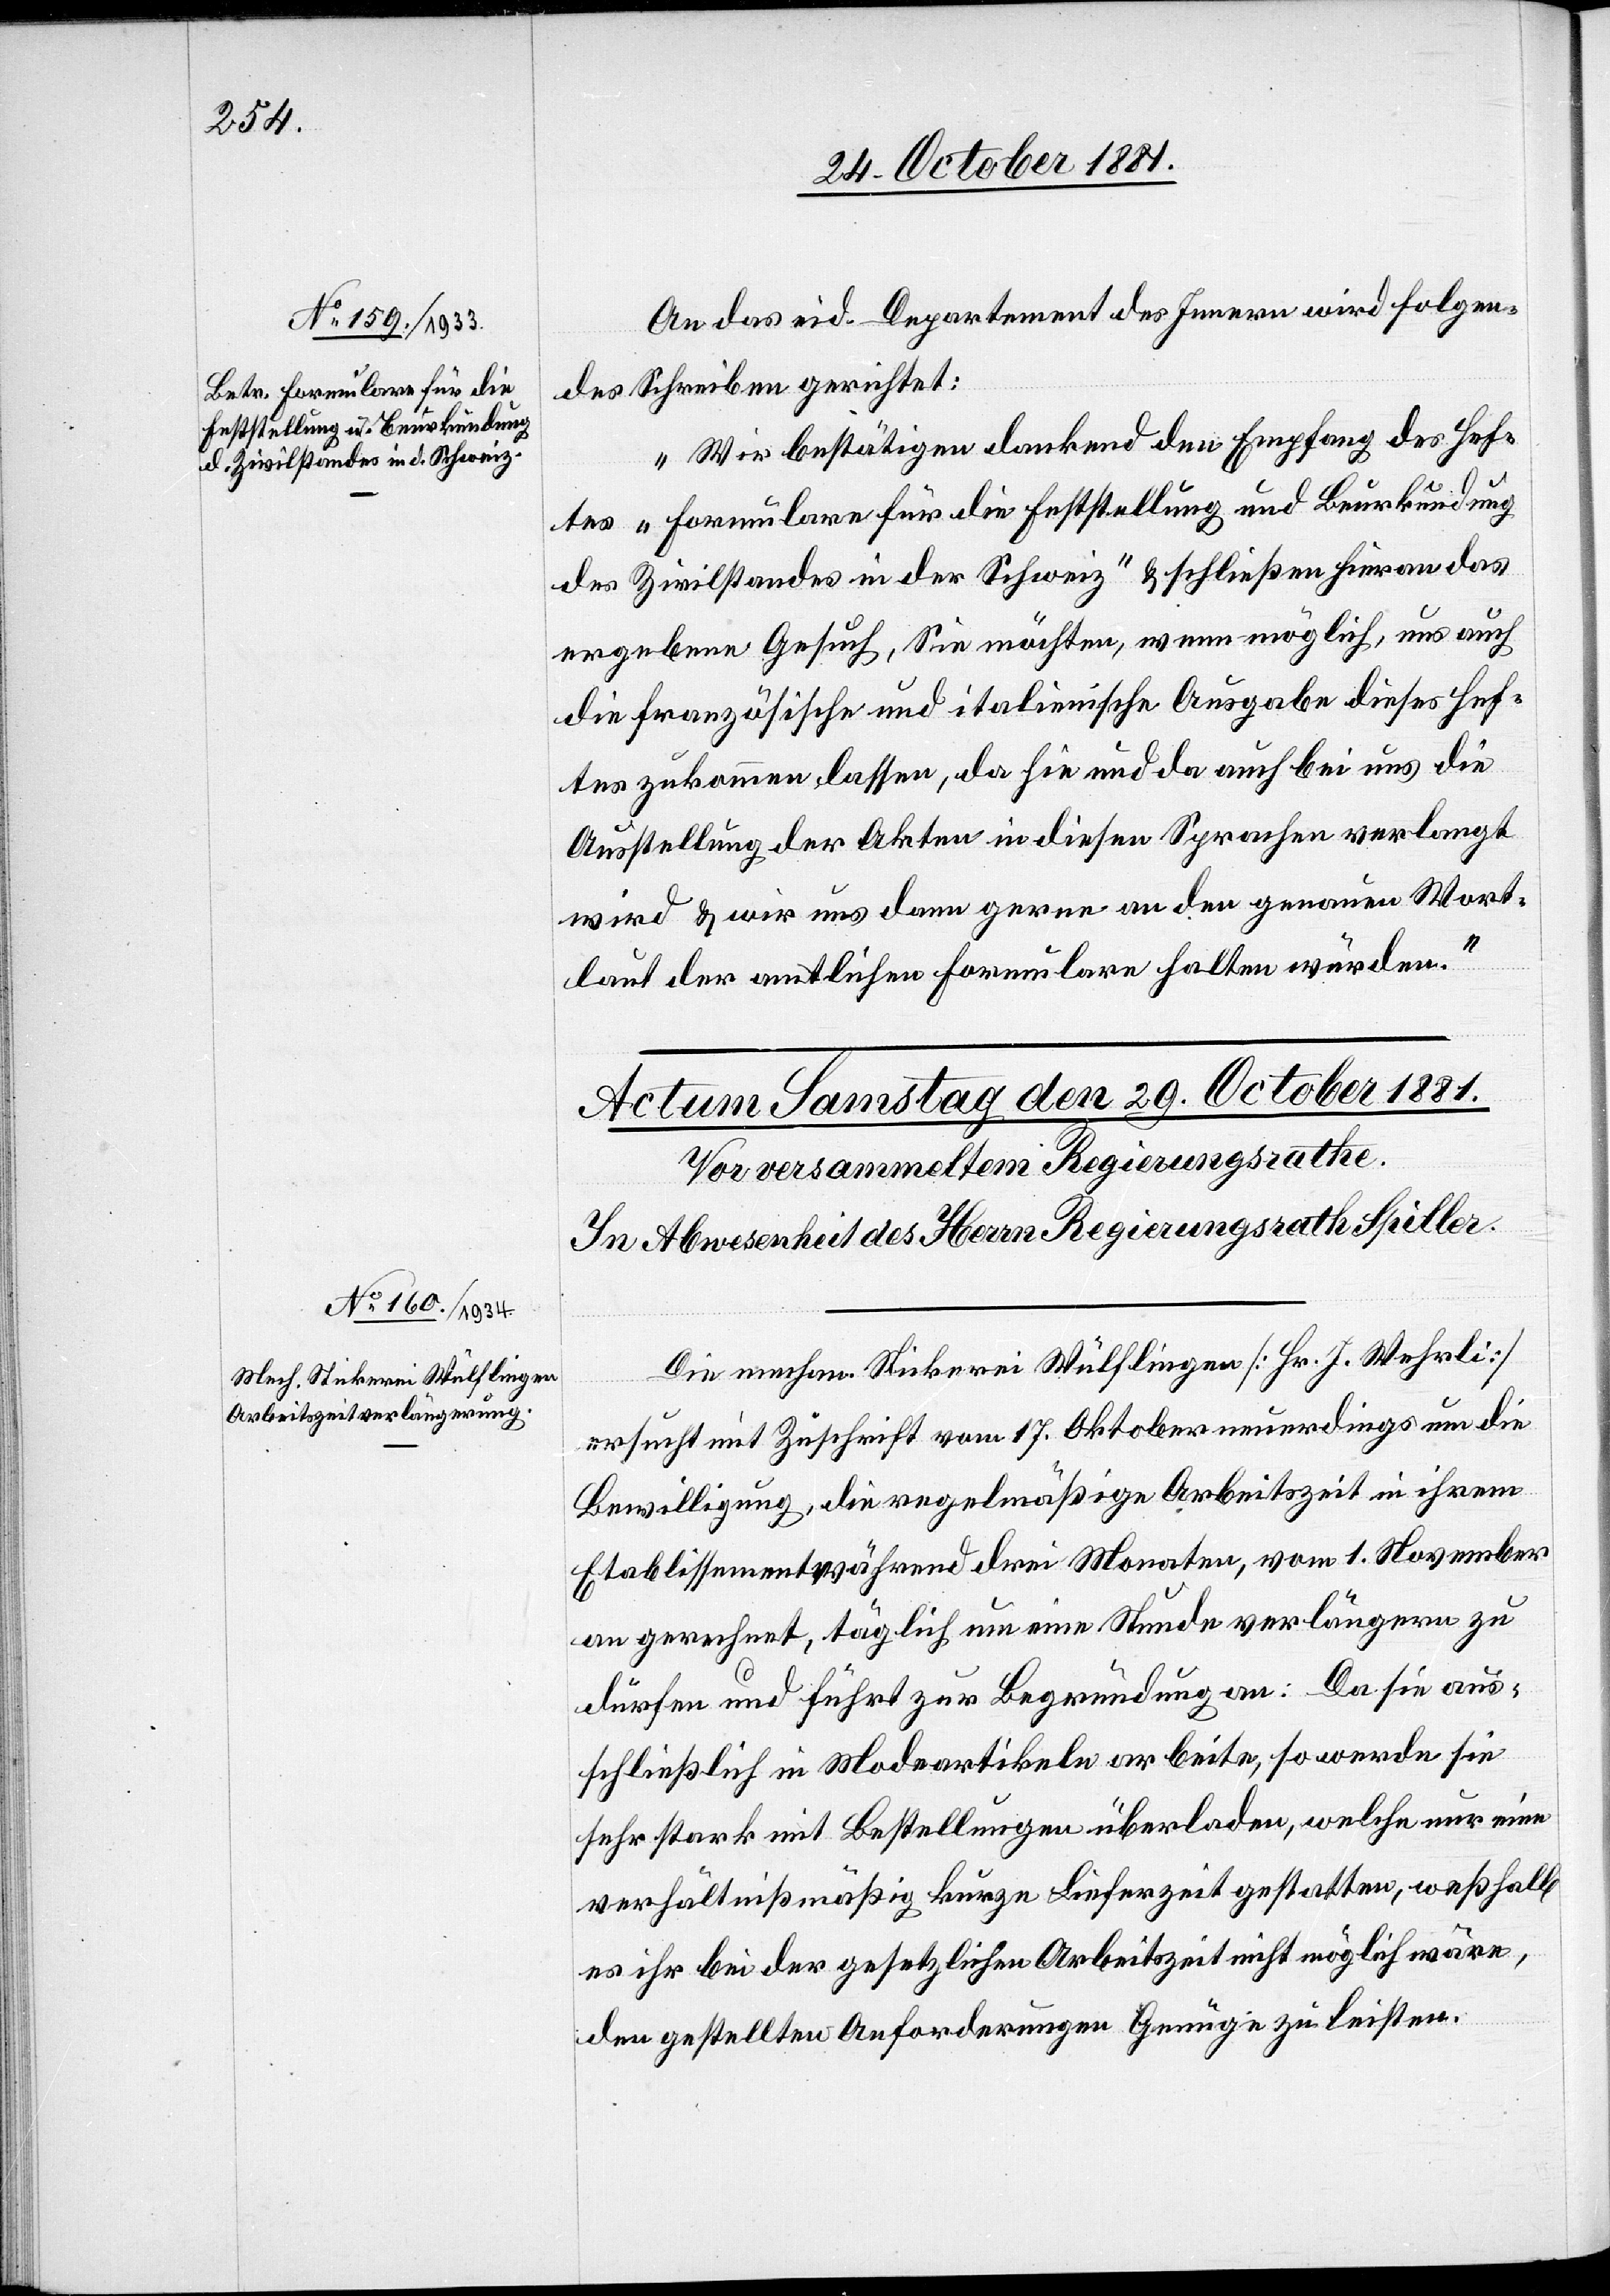
An das eid. Departement des Innern wird folgen¬
des Schreiben gerichtet:
„Wir bestätigen dankend den Empfang des Hef¬
tes „Formulare für die Feststellung und Beurkundung
des Zivilstandes in der Schweiz“ & schließen hieran das
ergebene Gesuch, Sie möchten, wenn möglich, uns auch
die französische und italienische Ausgabe dieses Hef¬
tes zukommen lassen, da hie und da auch bei uns die
Ausstellung der Akten in diesen Sprachen verlangt
wird & wir uns dann gerne an den genauen Wort¬
laut der amtlichen Formulare halten würden.“
Die mechan. Stickerei Wülflingen [Hr. J. Wehrli]
ersucht mit Zuschrift vom 17. Oktober neuerdings um die
Bewilligung, die regelmäßige Arbeitszeit in ihrem
Etablissement während drei Monaten, vom 1. November
an gerechnet, täglich um eine Stunde verlängern zu
dürfen und führt zur Begründung an: Da sie aus¬
schließlich in Modeartikeln arbeite, so werde sie
sehr stark mit Bestellungen überladen, welche nur eine
verhältnißmäßig kurze Lieferzeit gestatten, weßhalb
es ihr bei der gesetzlichen Arbeitszeit nicht möglich wäre,
den gestellten Anforderungen Genüge zu leisten.